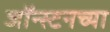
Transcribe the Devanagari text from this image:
जॉन्स्टनच्या